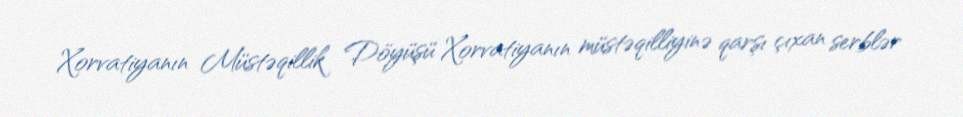
Xorvatiyanın Müstəqillik Döyüşü Xorvatiyanın müstəqilliyinə qarşı çıxan serblər